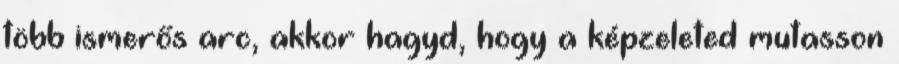
több ismerős arc, akkor hagyd, hogy a képzeleted mutasson